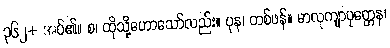
၃၆၂+ အပ်၏။ စ၊ ထိုသို့ဟောသော်လည်း။ ပုန၊ တစ်ဖန်။ မာလုကျာပုတ္တေန၊